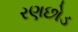
રણછોડ